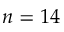
n = 1 4